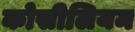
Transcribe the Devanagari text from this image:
कोसीलियम